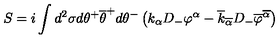
S = i \int d ^ { 2 } \sigma d \theta ^ { + } \overline { { \theta } } ^ { + } d \theta ^ { - } \left( k _ { \alpha } D _ { - } \varphi ^ { \alpha } - \overline { { k } } _ { \overline { { \alpha } } } D _ { - } \overline { { \varphi } } ^ { \overline { { \alpha } } } \right)